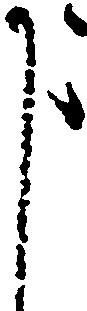
申